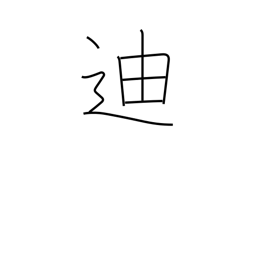
Meaning: edify